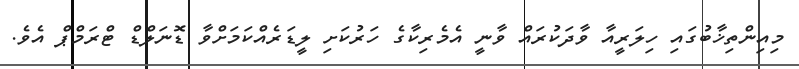
މިއިންތިޚާބުގައި ހިލަރީއާ ވާދަކުރައް ވާނީ އެމެރިކާގެ ހަރުކަށި ލީޑަރެއްކަމަށްވާ ޑޮނަލްޑް ޓްރަމްޕް އެވެ.